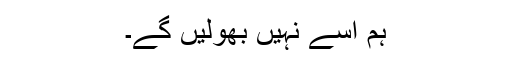
ہم اسے نہیں بھولیں گے۔